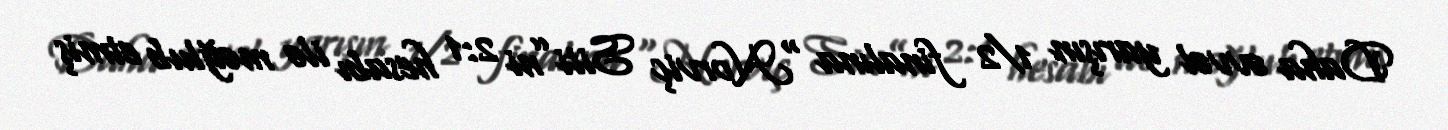
Daha əvvəl yarışın 1/2 finalına “Norviç Siti”ni 2:1 hesabı ilə məğlub etmiş